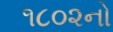
૧૮૦૨નો